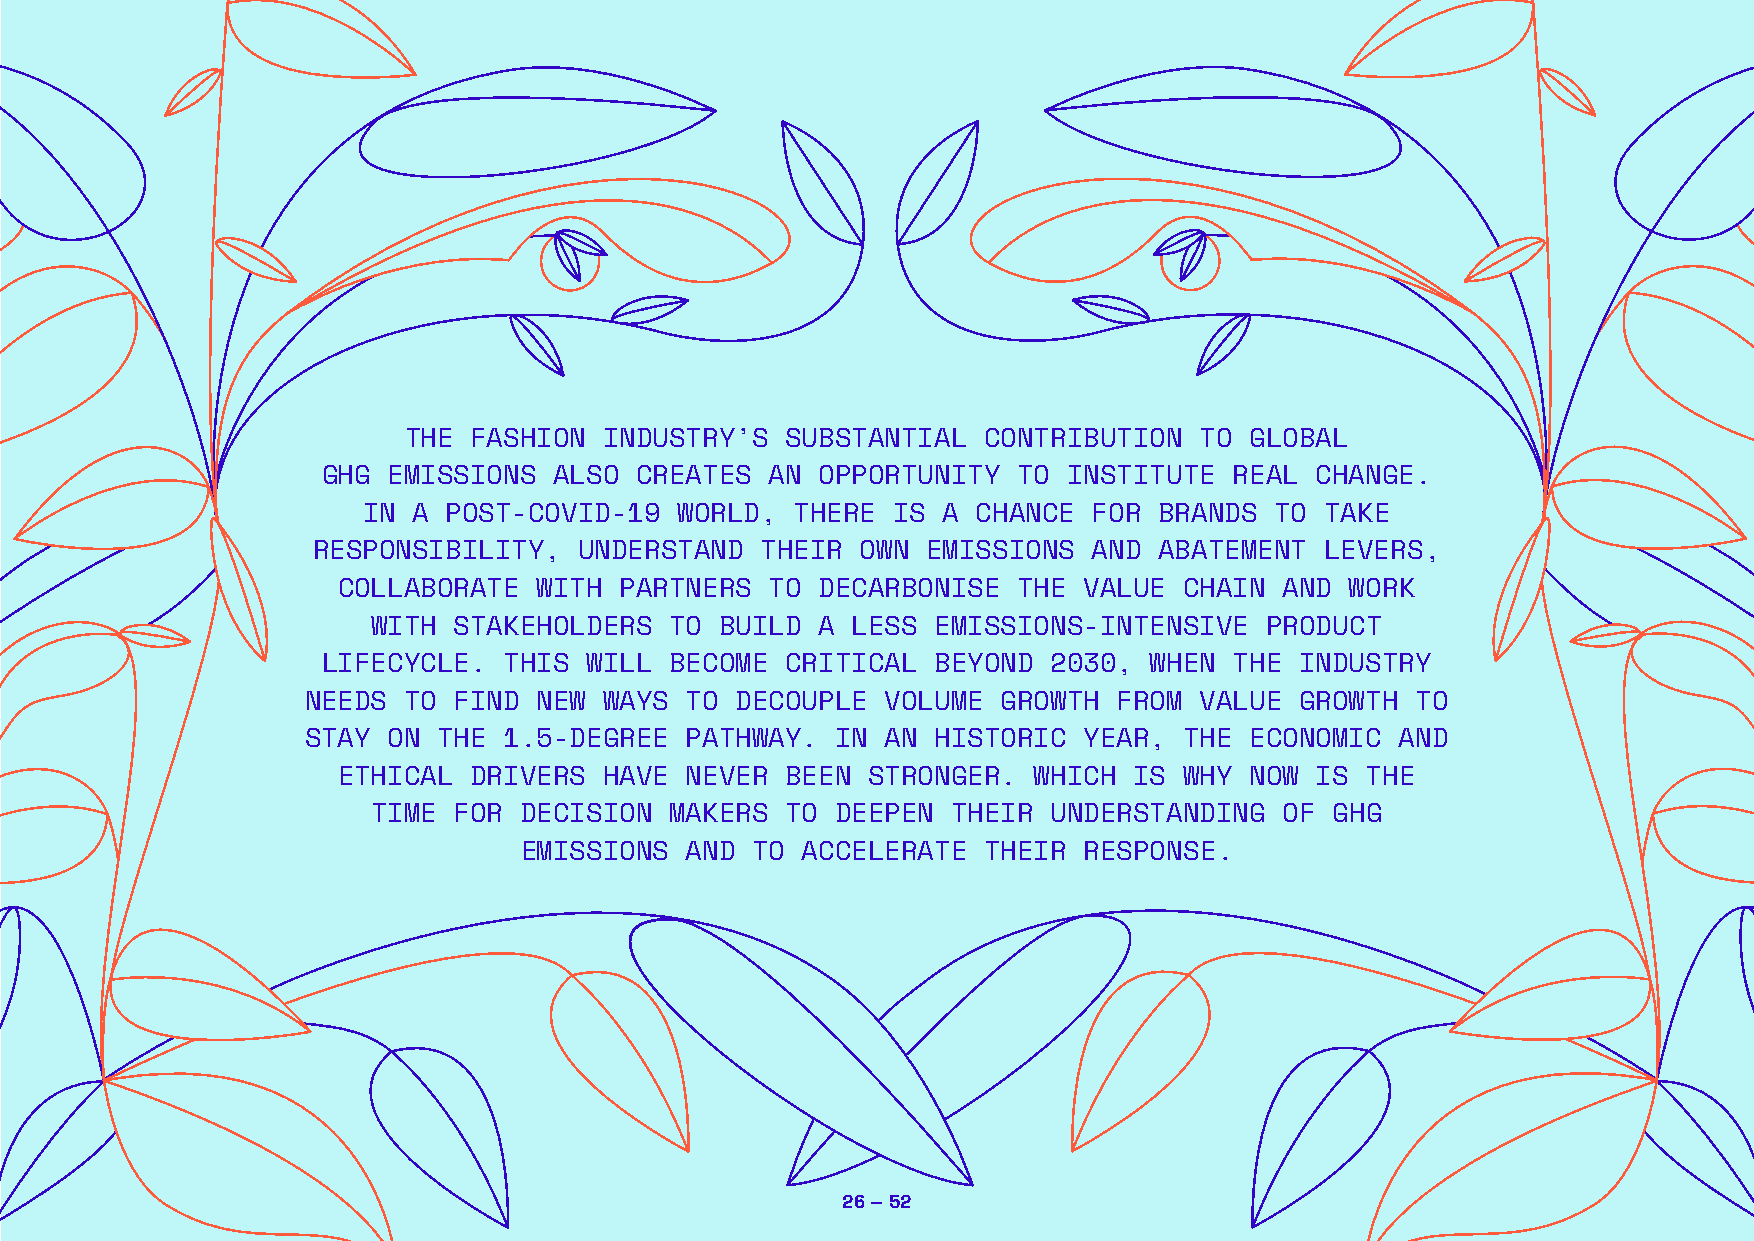
THE FASHION  INDUSTRY’S  SUBSTANTIAL  CONTRIBUTION  TO  GLOBAL
 GHG  EMISSIONS  ALSO CREATES  AN OPPORTUNITY  TO  INSTITUTE  REAL CHANGE.
 IN A  POST-COVID-19  WORLD,  THERE IS A  CHANCE FOR  BRANDS TO  TAKE
 RESPONSIBILITY,  UNDERSTAND  THEIR  OWN EMISSIONS  AND  ABATEMENT  LEVERS,
 COLLABORATE   WITH PARTNERS  TO DECARBONISE  THE  VALUE CHAIN  AND WORK
 WITH STAKEHOLDERS  TO  BUILD A LESS  EMISSIONS-INTENSIVE   PRODUCT
 LIFECYCLE.  THIS  WILL BECOME  CRITICAL  BEYOND  2030, WHEN  THE INDUSTRY
 NEEDS  TO FIND  NEW WAYS TO  DECOUPLE  VOLUME GROWTH  FROM VALUE  GROWTH  TO
 STAY  ON THE 1.5-DEGREE  PATHWAY.  IN  AN HISTORIC  YEAR, THE  ECONOMIC  AND
 ETHICAL  DRIVERS  HAVE NEVER  BEEN  STRONGER. WHICH  IS WHY  NOW IS THE
 TIME FOR DECISION  MAKERS  TO DEEPEN  THEIR  UNDERSTANDING  OF GHG
 EMISSIONS  AND  TO ACCELERATE  THEIR  RESPONSE.
 26 — 52